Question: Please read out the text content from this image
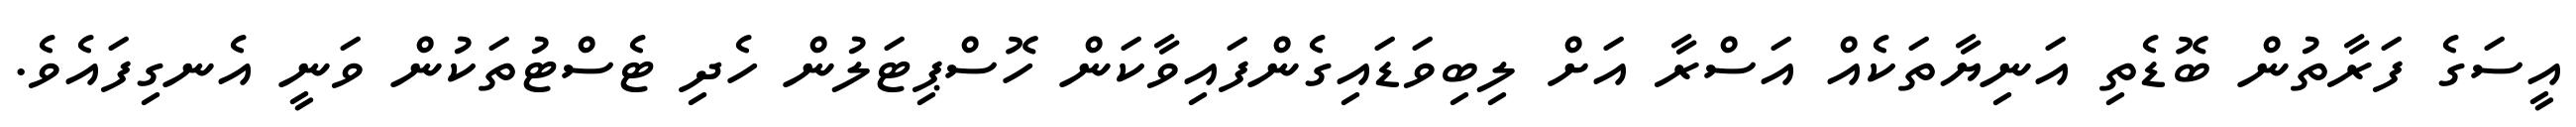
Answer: އީސަގެ ފަރާތުން ބޮޑެތި އަނިޔާތަކެއް އަސްރާ އަށް ލިބިވަޑައިގެންފައިވާކަން ހޮސްޕިޓަލުން ހެދި ޓެސްޓުތަކުން ވަނީ އެނގިފައެވެ.